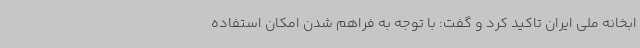
ابخانه ملی ایران تاکید کرد و گفت: با توجه به فراهم شدن امکان استفاده